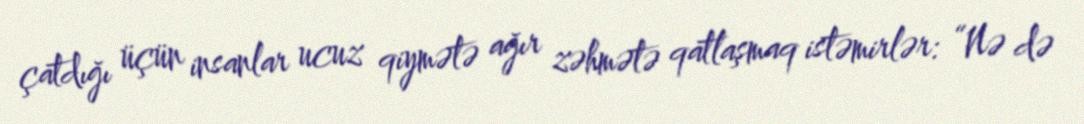
çatdığı üçün insanlar ucuz qiymətə ağır zəhmətə qatlaşmaq istəmirlər: “Nə də